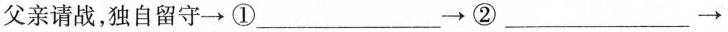
父亲请战，独自守→①___→②___→